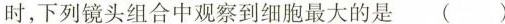
时，下列镜头组合中观察到细胞最大的是()